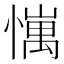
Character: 𢢄